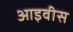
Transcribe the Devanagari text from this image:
आइवीस